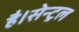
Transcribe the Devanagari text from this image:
है।सेन्ट्रल